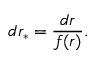
d r _ { * } = \frac { d r } { f ( r ) } .